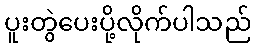
ပူးတွဲပေးပို့လိုက်ပါသည်